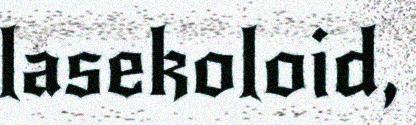
lasekoloid,